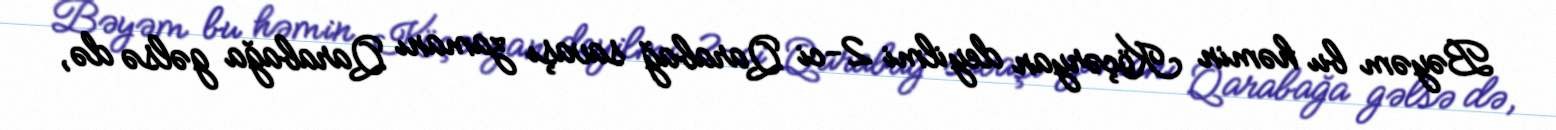
Bəyəm bu həmin Köçəryan deyilmi 2-ci Qarabağ savaşı zamanı Qarabağa gəlsə də,